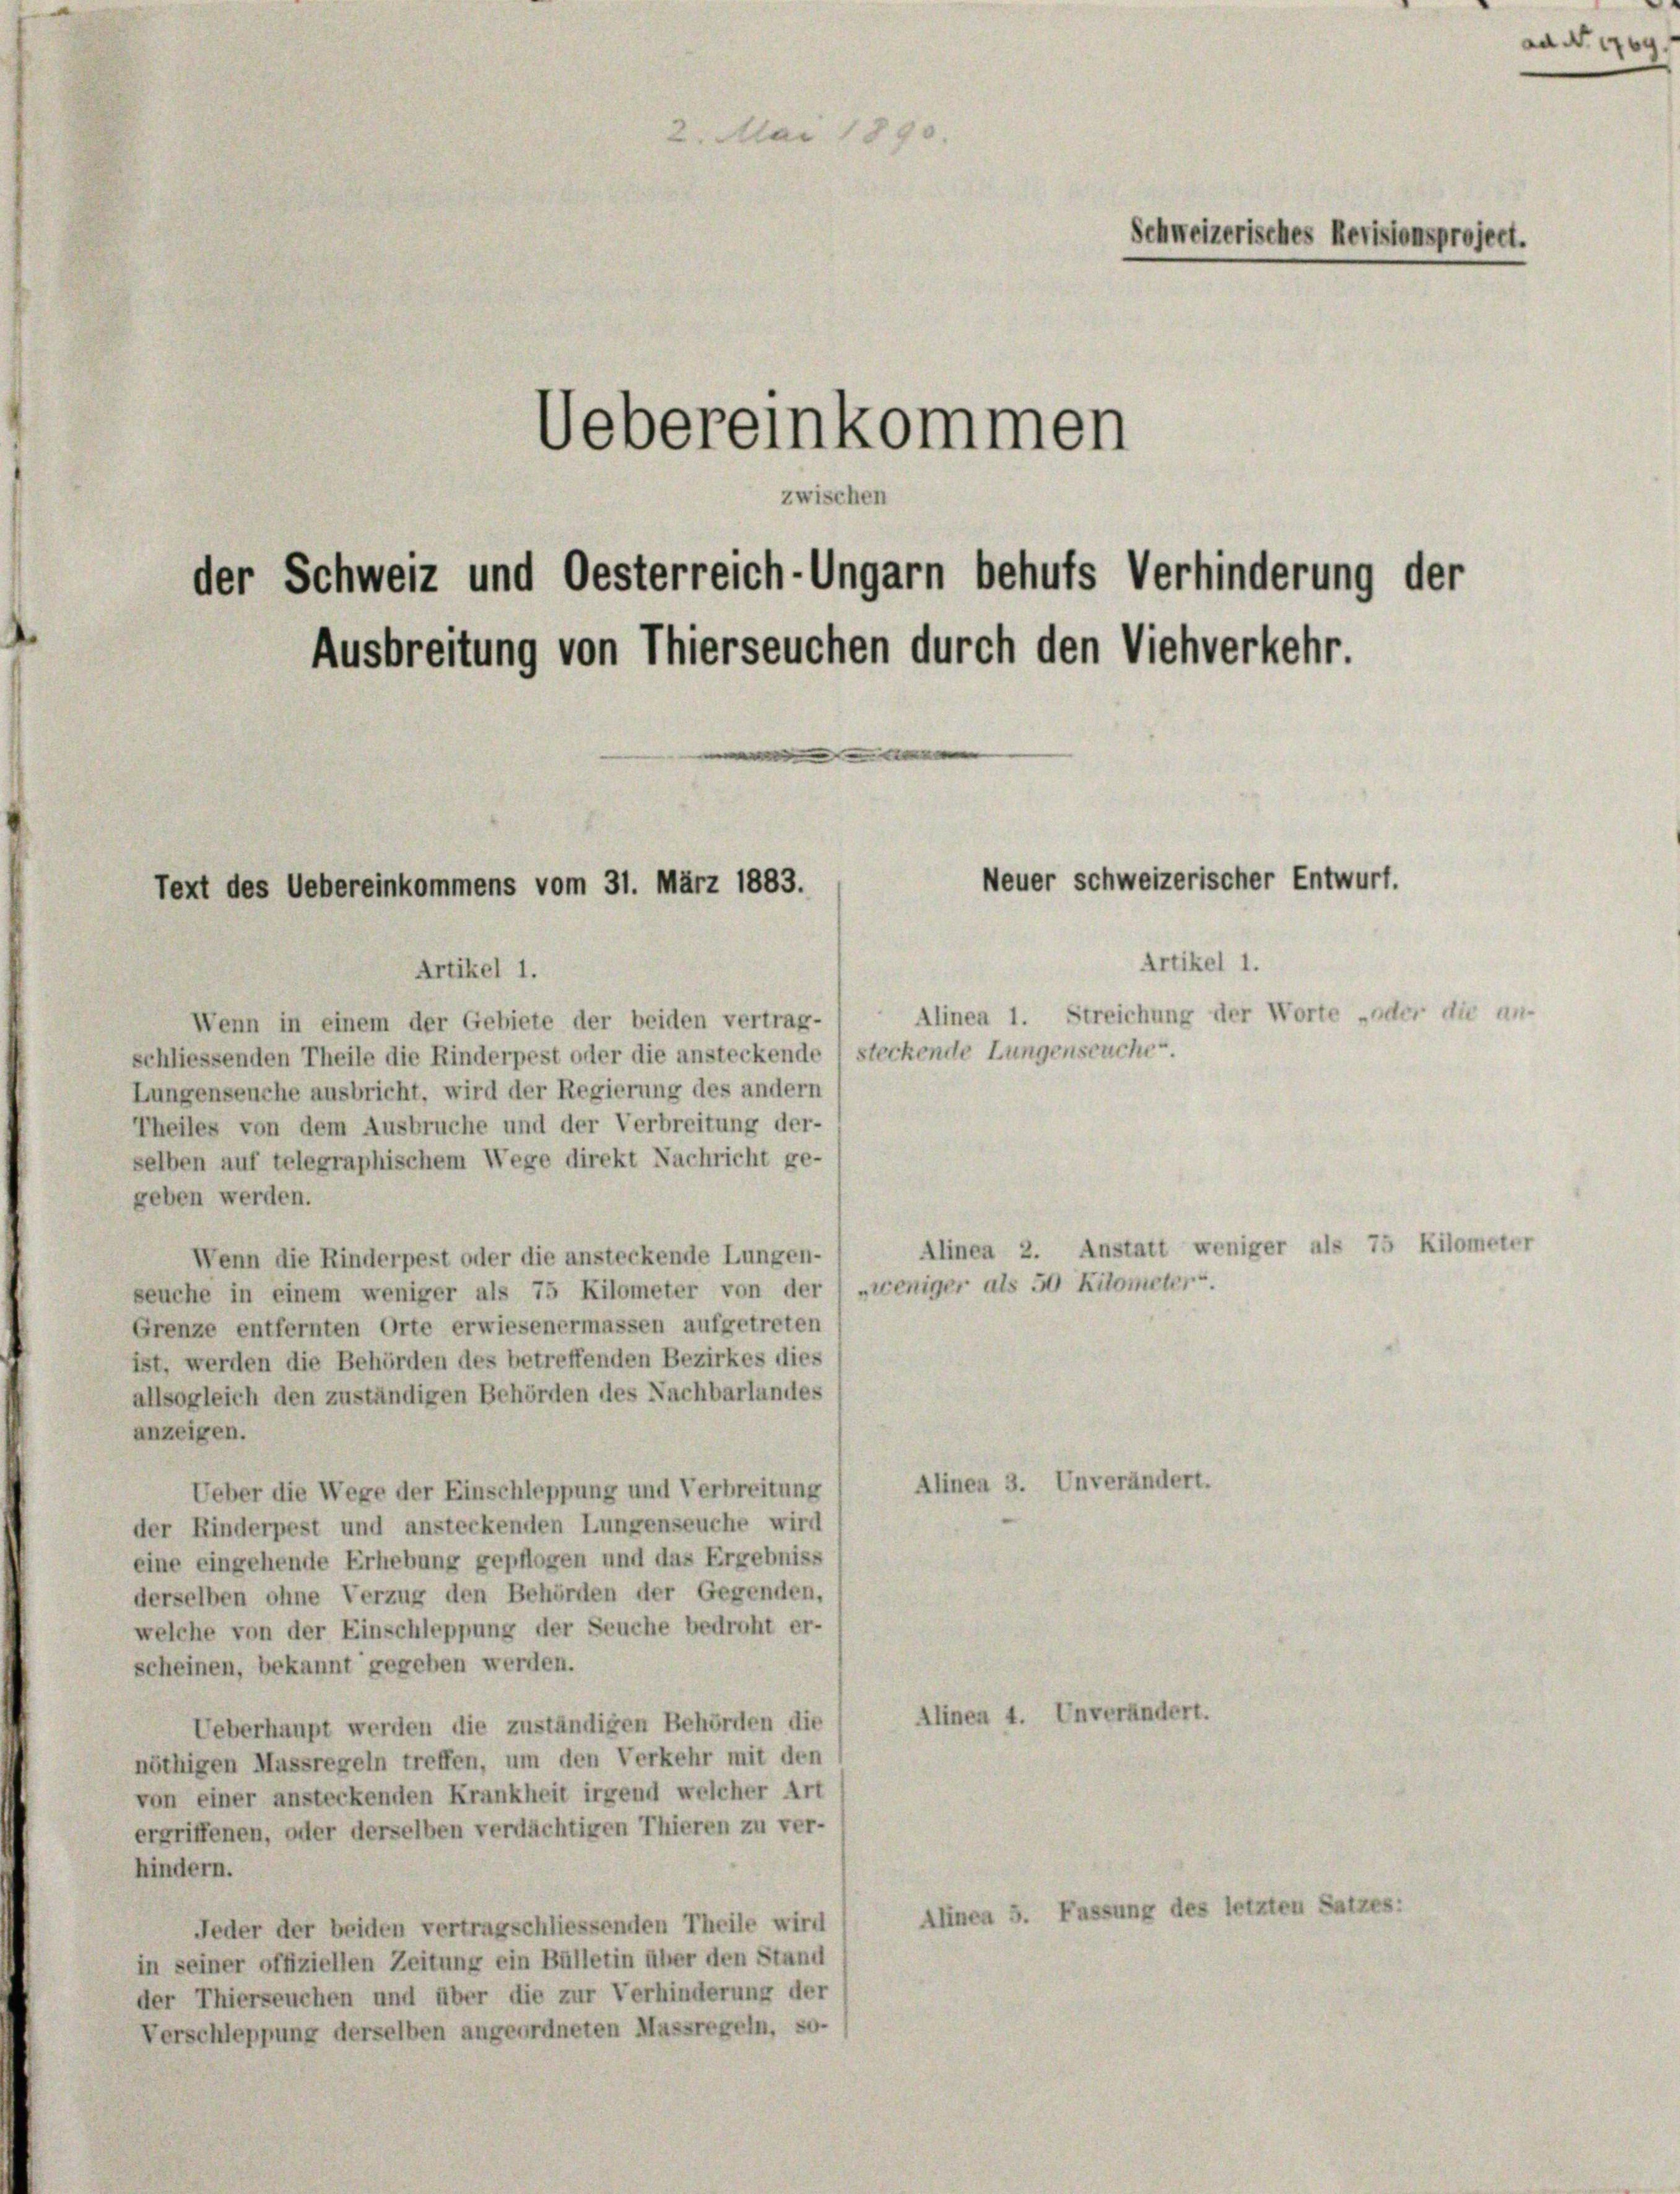
2. Mai 1890.
Schweizerisches Revisionsproject.
Uebereinkommen
zwischen
der Schweiz und Oesterreich-Ungarn behufs Verhinderung der
Ausbreitung von Thierseuchen durch den Viehverkehr.

Neuer schweizerischer Entwurf.
Text des Uebereinkommens vom 31. März 1883.

Artikel 1.
Artikel 1.
Alinea 1. Streichung der Worte „oder die a.
Wenn in einem der Gebiete der beiden vertrag-
schliessenden Theile die Rinderpest oder die ansteckende 1 steckende Lungenseuche.
Lungenseuche ausbricht, wird der Regierung des andern
Theiles von dem Ausbruche und der Verbreitung der-
selben auf telegraphischem Wege direkt Nachricht ge-
geben werden.
Alinea 2. Anstatt weniger als 75 Kilometer
Wenn die Rinderpest oder die ansteckende Lungen-
seuche in einem weniger als 75 Kilometer von der „weniger als 50 Kilometer.
Grenze entfernten Orte erwiesenermassen aufgetreten
ist, werden die Behörden des betreffenden Bezirkes dies
allsogleich den zuständigen Behörden des Nachbarlandes
anzeigen.
Alinen 3. Unverändert.
Ueber die Wege der Einschleppung und Verbreitung
der Rinderpest und ansteckenden Lungenseuche wird
eine eingehende Erhebung gepflogen und das Ergebniss
derselben ohne Verzug den Behörden der Gegenden,
welche von der Einschleppung der Seuche bedroht er-
scheinen, bekannt gegeben werden.
Alinen 4. Unverändert.
Ueberhaupt werden die zuständigen Behörden die
nöthigen Massregeln treffen, um den Verkehr mit den
von einer ansteckenden Krankheit irgend welcher Art
ergriffenen, oder derselben verdächtigen Thieren zu ver-
hindern.
Alinea 5. Fassung des letzten Satzes:
Jeder der beiden vertragschliessenden Theile wird
in seiner offiziellen Zeitung ein Bülletin über den Stand
der Thierseuchen und über die zur Verhinderung der
Verschleppung derselben angeordneten Massregeln, so-

aad geg